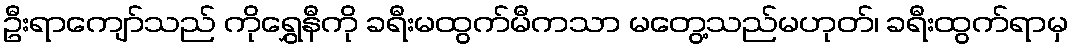
ဦးရာကျော်သည် ကိုရွှေနီကို ခရီးမထွက်မီကသာ မတွေ့သည်မဟုတ်၊ ခရီးထွက်ရာမှ